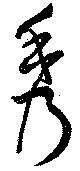
秀